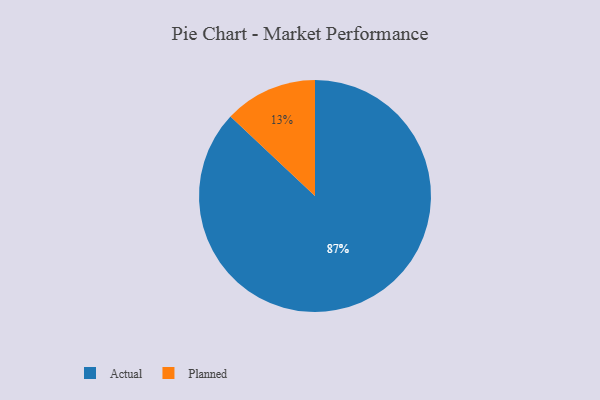
{"axis": {"x": "Category", "y": "Percentage"}, "legend": ["Actual", "Planned"], "data": [{"x": "Actual", "y": 87, "type": "Actual"}, {"x": "Planned", "y": 13, "type": "Planned"}]}